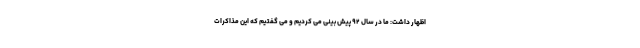
اظهار داشت: ما در سال ۹۲ پیش بینی می کردیم و می گفتیم که این مذاکرات